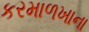
કરમાળખાના